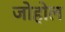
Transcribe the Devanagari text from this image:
जोहोल